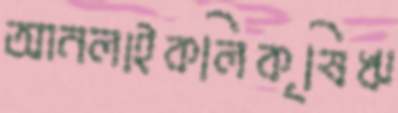
আনলাইকলিকৃষিঋ